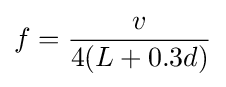
f={v \over 4(L+0.3d)}